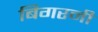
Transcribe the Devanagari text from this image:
बिगरनी